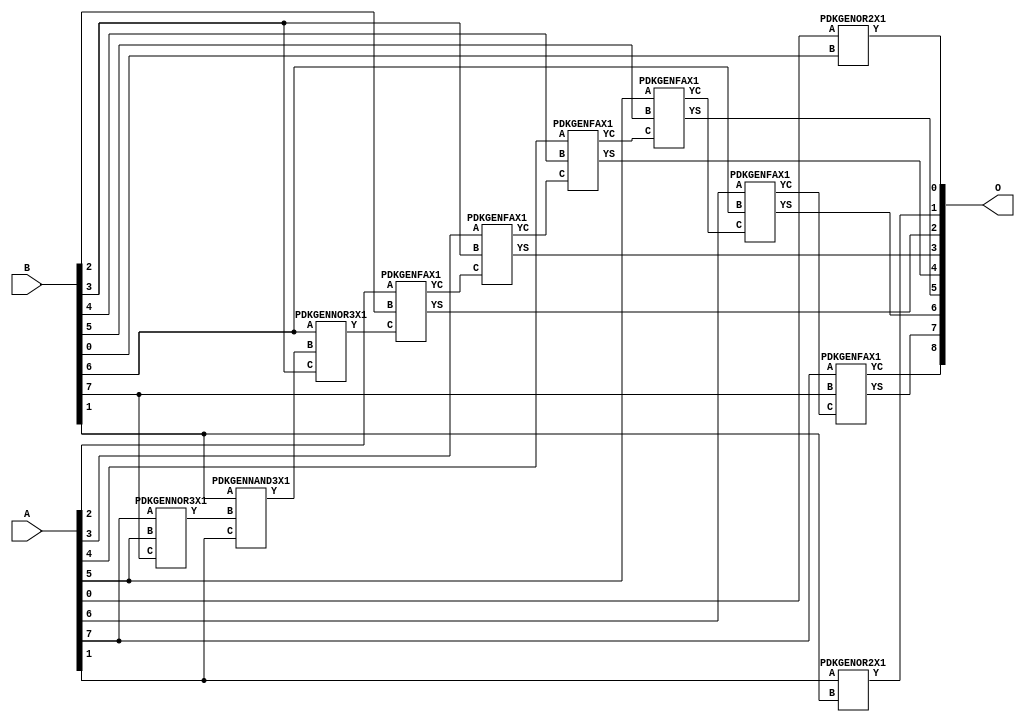
// Library = EvoApprox8b
// Circuit = add8_254
// Area   (180) = 948
// Delay  (180) = 1.780
// Power  (180) = 264.70
// Area   (45) = 66
// Delay  (45) = 0.660
// Power  (45) = 26.11
// Nodes = 11
// HD = 88720
// MAE = 0.74609
// MSE = 1.48438
// MRE = 0.39 %
// WCE = 3
// WCRE = 50 %
// EP = 43.8 %

module add8_254(A, B, O);
  input [7:0] A;
  input [7:0] B;
  output [8:0] O;
  wire [2031:0] N;

  assign N[0] = A[0];
  assign N[1] = A[0];
  assign N[2] = A[1];
  assign N[3] = A[1];
  assign N[4] = A[2];
  assign N[5] = A[2];
  assign N[6] = A[3];
  assign N[7] = A[3];
  assign N[8] = A[4];
  assign N[9] = A[4];
  assign N[10] = A[5];
  assign N[11] = A[5];
  assign N[12] = A[6];
  assign N[13] = A[6];
  assign N[14] = A[7];
  assign N[15] = A[7];
  assign N[16] = B[0];
  assign N[17] = B[0];
  assign N[18] = B[1];
  assign N[19] = B[1];
  assign N[20] = B[2];
  assign N[21] = B[2];
  assign N[22] = B[3];
  assign N[23] = B[3];
  assign N[24] = B[4];
  assign N[25] = B[4];
  assign N[26] = B[5];
  assign N[27] = B[5];
  assign N[28] = B[6];
  assign N[29] = B[6];
  assign N[30] = B[7];
  assign N[31] = B[7];

  PDKGENOR2X1 n32(.A(N[0]), .B(N[16]), .Y(N[32]));
  PDKGENNOR3X1 n38(.A(N[14]), .B(N[10]), .C(N[30]), .Y(N[38]));
  assign N[39] = N[38];
  PDKGENNAND3X1 n76(.A(N[18]), .B(N[39]), .C(N[2]), .Y(N[76]));
  assign N[77] = N[76];
  PDKGENNOR3X1 n80(.A(N[28]), .B(N[77]), .C(N[22]), .Y(N[80]));
  assign N[81] = N[80];
  PDKGENOR2X1 n82(.A(N[2]), .B(N[18]), .Y(N[82]));
  PDKGENFAX1 n132(.A(N[4]), .B(N[20]), .C(N[81]), .YS(N[132]), .YC(N[133]));
  PDKGENFAX1 n182(.A(N[6]), .B(N[22]), .C(N[133]), .YS(N[182]), .YC(N[183]));
  PDKGENFAX1 n232(.A(N[8]), .B(N[24]), .C(N[183]), .YS(N[232]), .YC(N[233]));
  PDKGENFAX1 n282(.A(N[10]), .B(N[26]), .C(N[233]), .YS(N[282]), .YC(N[283]));
  PDKGENFAX1 n332(.A(N[12]), .B(N[28]), .C(N[283]), .YS(N[332]), .YC(N[333]));
  PDKGENFAX1 n382(.A(N[14]), .B(N[30]), .C(N[333]), .YS(N[382]), .YC(N[383]));

  assign O[0] = N[32];
  assign O[1] = N[82];
  assign O[2] = N[132];
  assign O[3] = N[182];
  assign O[4] = N[232];
  assign O[5] = N[282];
  assign O[6] = N[332];
  assign O[7] = N[382];
  assign O[8] = N[383];

endmodule
/* mod */
module PDKGENNAND3X1(input A, input B, input C, output Y );
     assign Y = ~((A & B) & C);
endmodule
/* mod */
module PDKGENOR2X1(input A, input B, output Y );
     assign Y = A | B;
endmodule
/* mod */
module PDKGENFAX1( input A, input B, input C, output YS, output YC );
    assign YS = (A ^ B) ^ C;
    assign YC = (A & B) | (B & C) | (A & C);
endmodule
/* mod */
module PDKGENNOR3X1(input A, input B, input C, output Y );
     assign Y = ~((A | B) | C);
endmodule